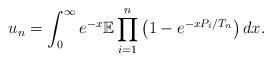
LaTeX: \begin{align*}u_n = \int_0^{\infty} e^{-x} \mathbb{E} \prod_{i=1}^n \left(1 - e^{-x P_i / T_n}\right) dx.\end{align*}